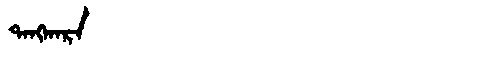
Manchu: ᡨᠠᠩᡴᠠᡵᠠ
Romanization: TANGKARA